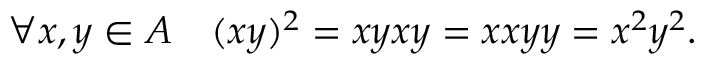
\forall x , y \in A \quad ( x y ) ^ { 2 } = x y x y = x x y y = x ^ { 2 } y ^ { 2 } .